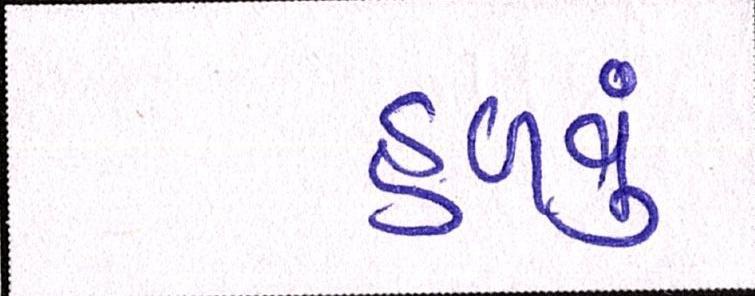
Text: હળવું